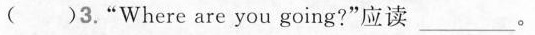
（ ）3.“Where are you going?”应读___。